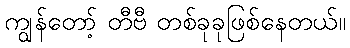
ကျွန်တော့် တီဗီ တစ်ခုခုဖြစ်နေတယ်။